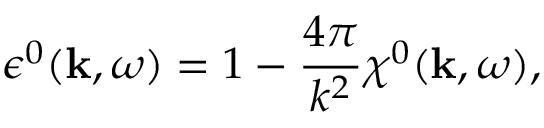
\epsilon ^ { 0 } ( \mathbf { k } , \omega ) = 1 - \frac { 4 \pi } { k ^ { 2 } } \chi ^ { 0 } ( \mathbf { k } , \omega ) ,